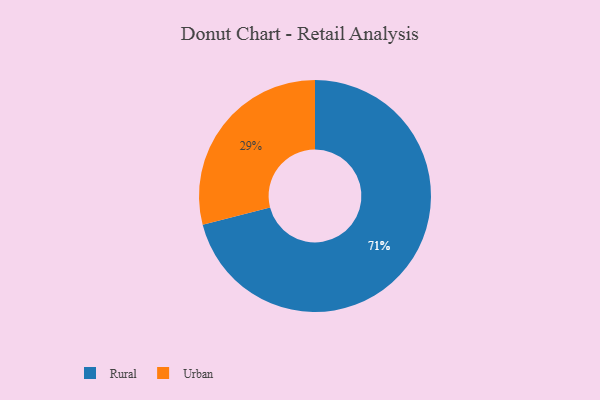
{"axis": {"x": "Category", "y": "Percentage"}, "legend": ["Rural", "Urban"], "data": [{"x": "Urban", "y": 29, "type": "Urban"}, {"x": "Rural", "y": 71, "type": "Rural"}]}